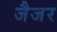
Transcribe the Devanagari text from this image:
जैजर